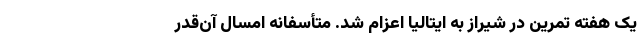
یک هفته تمرین در شیراز به ایتالیا اعزام شد. متأسفانه امسال آن‌قدر